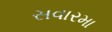
સવારમા